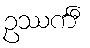
ဥဿင်္ကီ